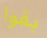
بقوا